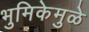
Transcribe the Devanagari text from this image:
भुमिकेमुळे